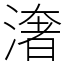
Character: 㵔